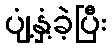
ပျံ့နှံ့ခဲ့ပြီး